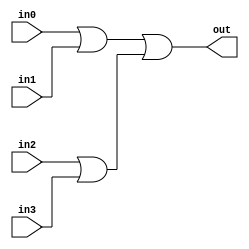
module or_1_4(out,in0,in1,in2,in3);
	input in0,in1,in2,in3;
	output out;
	wire w1,w2;
	or or1(w1,in0,in1);
	or or2(w2,in2,in3);
	or or3(out,w1,w2);
endmodule